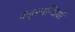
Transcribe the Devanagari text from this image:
कट्टरपन्थियों